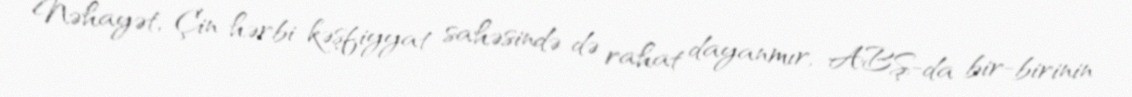
Nəhayət, Çin hərbi-kəşfiyyat sahəsində də rahat dayanmır, ABŞ-da bir-birinin